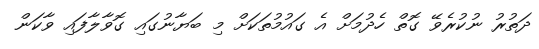
ދަތުރު ނުކުރެވޭ ގޮތް ހެދުމަށް އެ ގައުމުތަކަށް މި ބަޔާނުގައި ގޮވާލާފައި ވާކަން